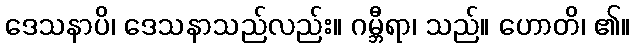
ဒေသနာပိ၊ ဒေသနာသည်လည်း။ ဂမ္ဘီရာ၊ သည်။ ဟောတိ၊ ၏။